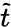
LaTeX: \widetilde{t}